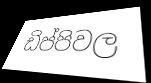
ඩිප්පිවල